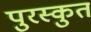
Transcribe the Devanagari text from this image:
पुरस्कुत